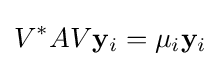
V^{*}AV\mathbf {y} _{i}=\mu _{i}\mathbf {y} _{i}